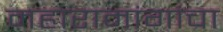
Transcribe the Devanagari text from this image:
महारामांगांचा